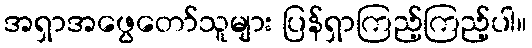
အရှာအဖွေတော်သူများ ပြန်ရှာကြည့်ကြည့်ပါ။